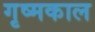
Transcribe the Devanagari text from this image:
गृष्मकाल